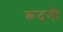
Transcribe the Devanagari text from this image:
रूदगी